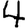
Digit: 4